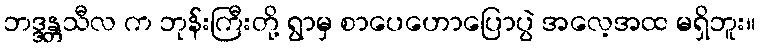
ဘဒ္ဒန္တသီလ က ဘုန်းကြီးတို့ ရွာမှ စာပေဟောပြောပွဲ အလေ့အထ မရှိဘူး။